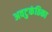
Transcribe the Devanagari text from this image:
अवटुकंठिका